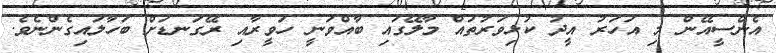
އެންސީއޭން މި އަހަރު އީދު ކުޅިވަރުތައް މާލޭގައި ބާއްވަނީ ހަވީރާއި ރޭގަނޑަށް ބަހާލައިގެންނެވެ.